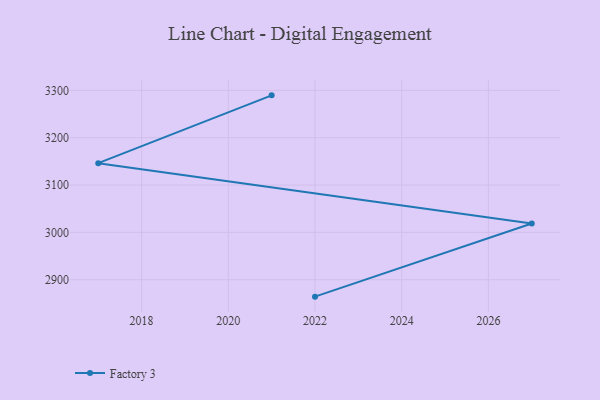
{"axis": {"x": "Year", "y": "Inventory Turnover"}, "legend": ["Factory 3"], "data": [{"x": "2022", "y": 2864.2, "type": "Factory 3"}, {"x": "2027", "y": 3018.7, "type": "Factory 3"}, {"x": "2017", "y": 3146.2, "type": "Factory 3"}, {"x": "2021", "y": 3289.5, "type": "Factory 3"}]}